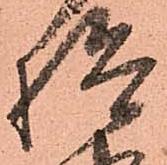
検